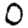
Digit: 0